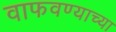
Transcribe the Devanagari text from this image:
वाफवण्याच्या